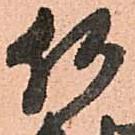
何